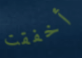
أخفقت